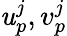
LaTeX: \mathit{u}_{p}^{j},v_{p}^{j}